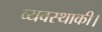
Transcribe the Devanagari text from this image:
व्यवस्थाकी।